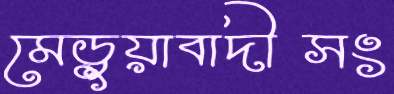
মেড়ুয়াবাদীসং